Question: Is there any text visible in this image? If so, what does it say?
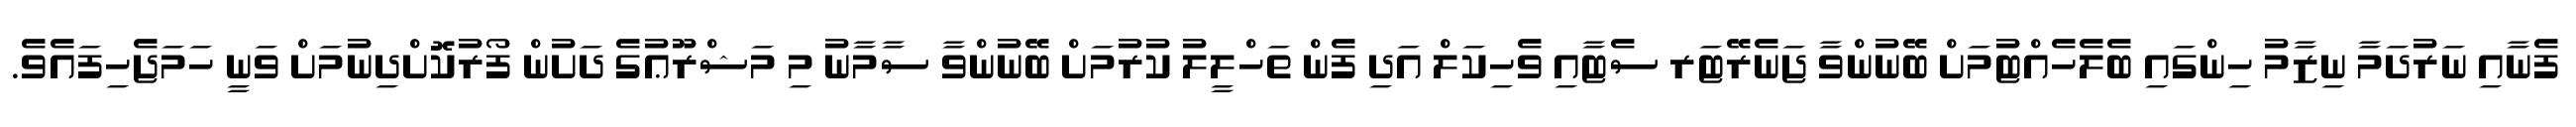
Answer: ފެނާއި ނަރުދަމާ ނިޒާމު ހިންގައި ބެލެހެއްޓުމަށް ބޭނުންވާ ޖަނެރޭޓަރ ސެޓާއި ވެހިކަލް އަދި ފެން ތަހްލީލު ކުރުމަށް ބޭނުންވާ ސާމާނު މި މަޝްރޫޢުގެ ދަށުން ފޯރުކޮށްދިނުމަށް ވަނީ ހަމަޖެހިފައެވެ.